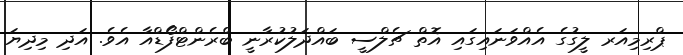
ޕްރިމިއަރ ލީގުގެ އެއްވަނައިގައި އޮތް ޗެލްސީ ބައްދަލުކުރާނީ ބްރެންޓްފޯޑްއާ އެވެ. އަދި މިދިޔަ